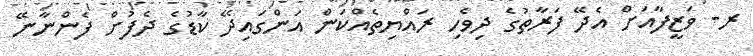
ރ- ވަޒީފާއަށް އެދޭ ފަރާތުގެ ދިވެހި ރައްޔިތެއްކަން އަންގައިދޭ ކާޑުގެ ދެފުށް ފެންނާނޭ